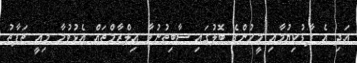
އަދި އެ ފާޑުކިޔުމާއި މީހުންގެ ބޮލުގައި ސާބިތުނުވާ އިލްޒާމްތައް އެޅުވުމާ މިއީ ތަފާތު